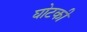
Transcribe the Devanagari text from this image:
घोटकी